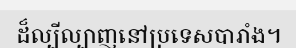
ដ៏ល្បីល្បាញនៅប្រទេសបារាំង។